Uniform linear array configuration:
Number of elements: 48
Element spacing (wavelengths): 1
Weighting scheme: hamming
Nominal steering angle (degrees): -60
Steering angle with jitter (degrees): -61.236
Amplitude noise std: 0.05
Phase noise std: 0.05

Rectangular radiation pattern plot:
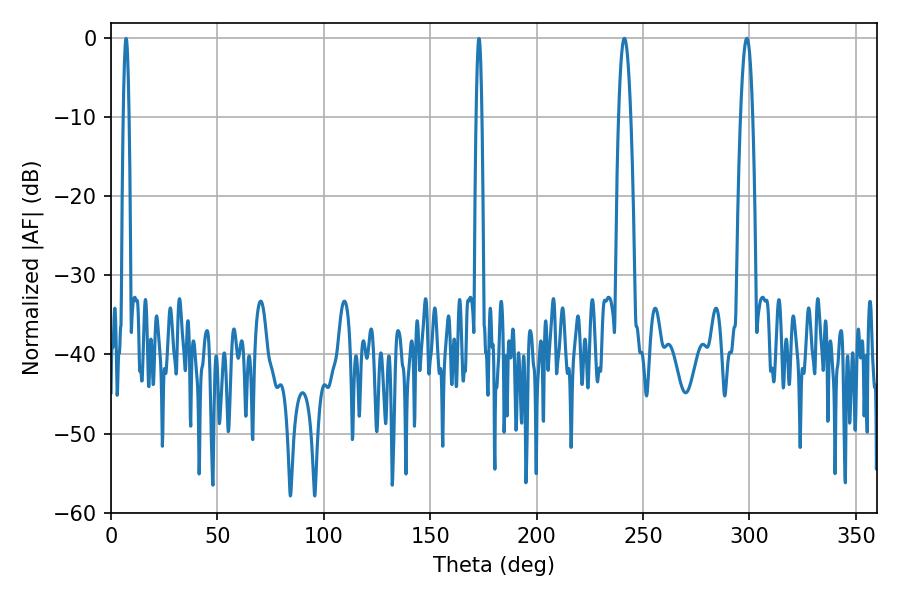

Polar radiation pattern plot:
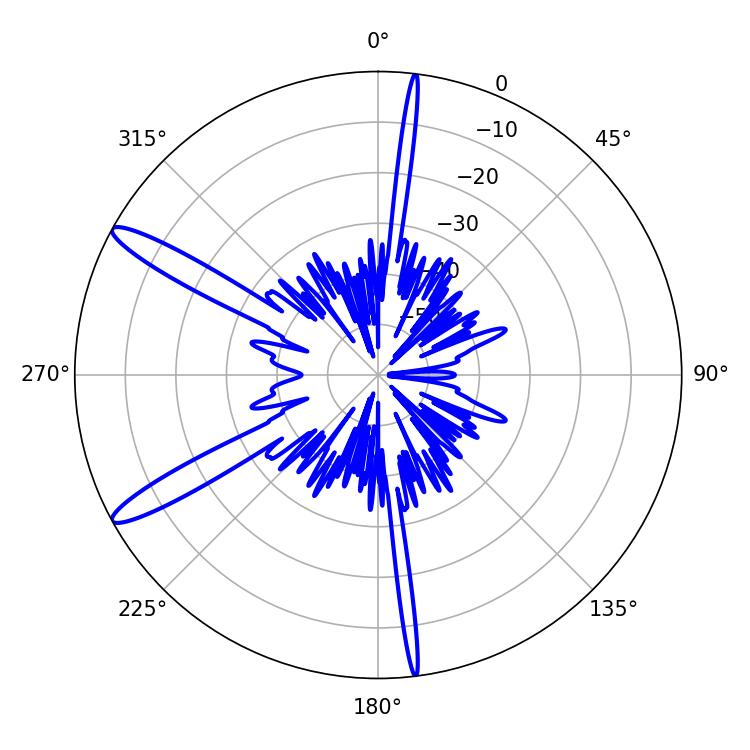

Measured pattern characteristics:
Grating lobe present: TRUE
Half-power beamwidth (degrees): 3.06
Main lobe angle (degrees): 241.2